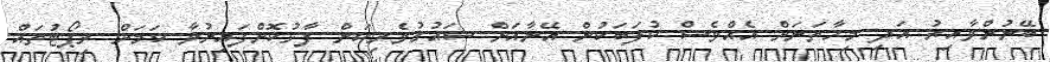
ބޭނުންވާއިރު އަދި މިހާތަނަށް އެއްވެސް ކުލަބަކުން އޭނާއަށް ޝައުގުވެރިކަން ފާޅުކޮށްފައިނުވާ ކަމަށް ރިޕޯޓުތައް